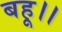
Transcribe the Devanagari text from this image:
बहू।।